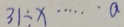
3 1 \div x \cdots a